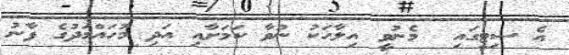
އެ ސިޓީގައި  މެނުވީ އިލާހަކު ނުވާ ކަމަށާއި އަދި މުހައްމަދުގެ ފާނު